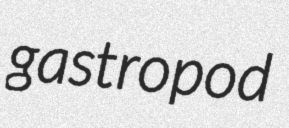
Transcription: gastropod